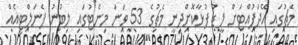
މެޗުގައި އޭދަފުއްޓަށް ލީޑު ފުޅާކޮށްދިނީ މެޗުގެ 53 ވަނަ މިނެޓުގައި ލިބުނު ޕެނަލްޓީއެއް